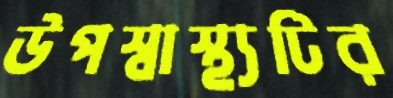
উপস্বাস্থ্যটির